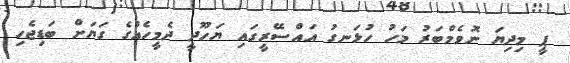
ޕީ މިދިޔަ ނޮވެމްބަރު މަހު ހުޅަނގު އައްސޭރީގައި ޔަހޫދީ ދެމީހެއްގެ ގަޔަށް ބަޑިޖެހި